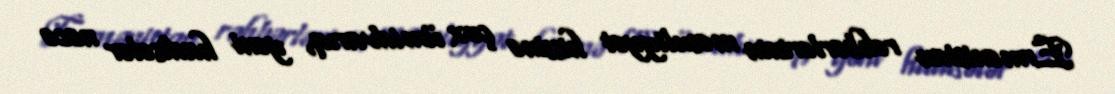
Ermənistan rəhbərlərinin məsuliyyət hissinə çox ümidvarıq, yəni hadisələr necə